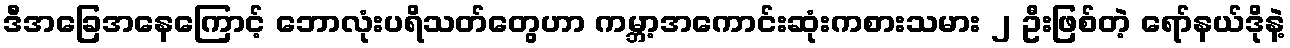
ဒီအခြေအနေကြောင့် ဘောလုံးပရိသတ်တွေဟာ ကမ္ဘာ့အကောင်းဆုံးကစားသမား ၂ ဦးဖြစ်တဲ့ ရော်နယ်ဒိုနဲ့